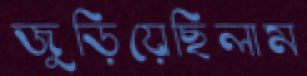
জুড়িয়েছিলাম